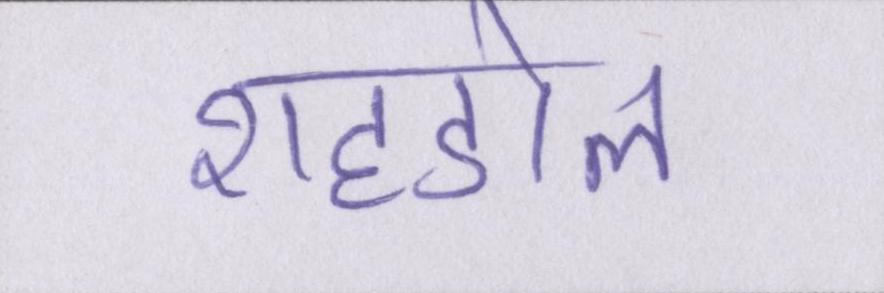
शहडोल